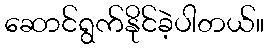
ဆောင်ရွက်နိုင်ခဲ့ပါတယ်။